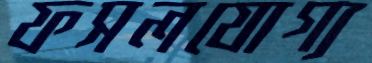
ফসলযোগ্য